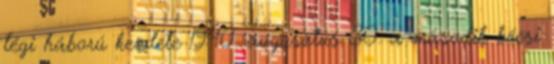
légi háború kezdete 1940. augusztus 30. a második bécsi